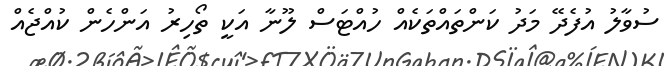
ސުވާލު އުފެދޭ މަދު ކަންތައްތަކެއް ހުއްޓަސް ލޫނާ އަކީ ތޯހިރު އަންހެން ކުއްޖެއް